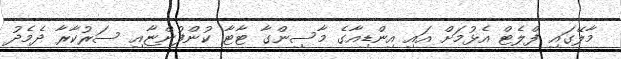
މާލޭގައި ފްލެޓް އެޅުމަށް އައި އިންޑިއާގެ މާސިންގާ ޓާޓާ ކުންފުންޏާއި ސަރުކާރާ ދެމެދު